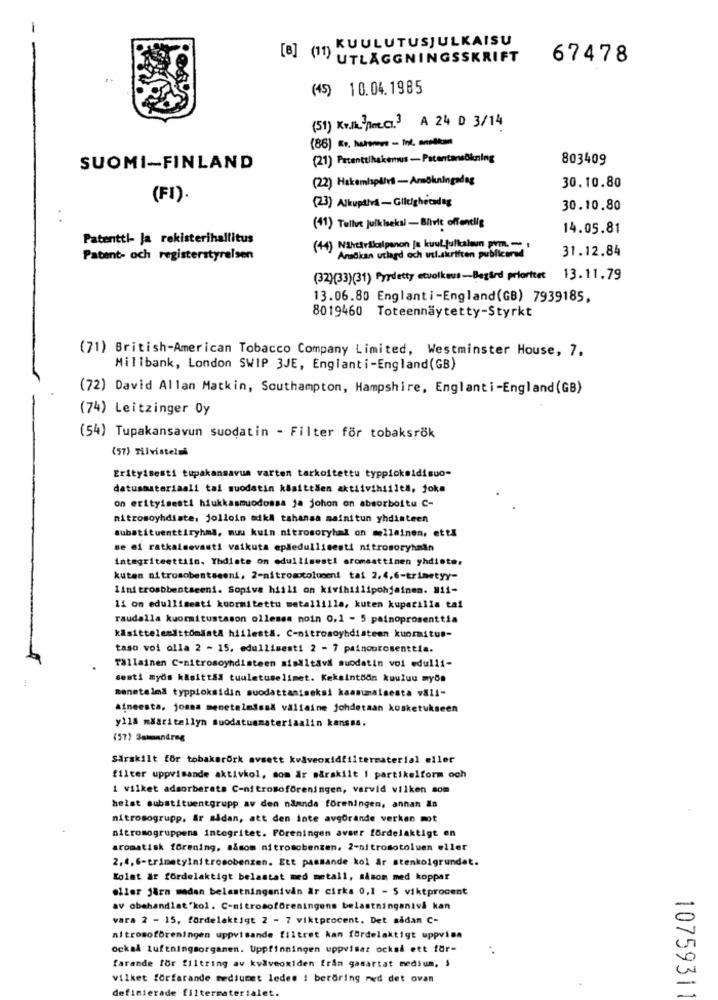
KUULUTUSJULKAISU
[B] (11) UTLÄGGNINGSSKRIFT
67478
(45) 10.04.1985
(51) Kv.3 Pme.C.3 A 24 D 3/14
(86) Es, non - in. milan
(21) Patenttlhakenus -Patentansökning
803409
SUOMI-FINLAND
(22) Hakemispd/vil -Amökningadag
30.10.80
(FI).
(23) Alkupilva - Giltighetadag
30.10.80
(41) Tullut julkiseksl - Blivit offentlig
14.05.81
Patenttl- Ja rekisterihallitus
(44) NavarSkalpanon js kuulfullalan pm. -
31.12.84
Patent- och registerstyrelsen
Ansökan utlagd och usl.skriften publicerad
(32)(33)(31) Pyrdetty etvolikeus -Begard prioritet 13.11.79
13.06.80 Englanti-England(GB) 7939185,
8019460 Toteennaytetty-Styrkt
(71) British-American Tobacco Company Limited, Westminster House, 7.
Millbank, London SWIP 3JE, Englanti-England(GB)
(72) David Allan Matkin, Southampton, Hampshire, Englanti-England(GB)
(74) Leitzinger Oy
(54) Tupakansavun suodatin - Filter för tobaksrök
(57) Tilvistelas
Erityisesti tupakansavun varten tarkoitettu typpiokeidisuo-
datusmateriaali tai muodatin köaittäen aktiivihiilta, joka
on erityisesti hiukkasmuodossa ja johon on absorboitu C-
nitrosoyhdiste, jolloin mikl tahansa mainitun yhdinteen
substituenttiryhms, muu kuin nitromoryhal on mollainen, etta
se of ratkaisevast! vaikuta epledullisesti nitrosoryhain
integriteettiin. Yhdiste on edullisesti aromeattinen yhdiste.
kuten nitrosobentseeni, 2-nitromocolucent tai 2,4,6-trimetyy-
lini erosbbentseeni. Sopiva hiili on kivihiilipohjainen. #11-
11 om edullisenti koormitettu metallilla, kuten kuparilla tai
raudalla kuormitustason ollessa noin 0,1 - 5 painoprosenttia
kasittelemittomdatA hiilest&. C-nitrosoyhdisteen kuormitus-
taso voi olla 2 - 15, edullisesti 2 - 7 painoprosenttia.
Tallainen C-nitrosoyhdisteen sisältavi suodatin voi edulii-
sesti myos kasittad tuuletuselimet. Keksintodn kuuluu myös
monetelma typploksidin suodattaniseksi kaanmaisesta vali-
aineesta, jonna menetelmisal valieine johdetaan kosketukseen
y118 mädritellyn suodatummateriaalin kanssa.
(57) Sammandrag
Särskilt för tobaksrörk avsett kvåveoxidfiltermaterial eller
filter uppvisande aktivkol, som är särskilt i partikelform och
1 vilket adsorberate C-nitrosoföreningen, varvid vilken som
helst substituentgrupp av den nämnda föreningen, annan Za
nitrosogrupp. är sådan, att den inte avgörande verkan mot
nitromogruppens integritet. Föreningen avser fördelaktigt en
aromatisk förening, såsom nitrosobenzen, 2-nitrosotoluen eller
2, 4,6-trimetylni trosobenzen. Ett passande kol år stenkolgrundet.
Kolat är fördelaktigt belastat med metall, såsom med koppar
eller järn medan belastningenivin är cirka 0,1 - 5 viktprocent
av obehandlat"kol. C-nitrosoföreningens belastninganivå kan
vara 2 - 15, fardelaktigt 2 - 7 viktprocent. Det sådan C-
nitrosoforeningen uppvisande filtret kan fördelaktigt uppvina
också Luftningsorganen. Uppfinningen uppvisar också ett för-
farande for filtring av kväveoxiden från gasartat medium, $
vilket förfarande mediumet ledes i beröring med det ovan
definierade filtern
10759311